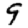
Digit: 9